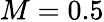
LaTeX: M=0.5